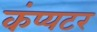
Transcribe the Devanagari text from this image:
कंप्यटर